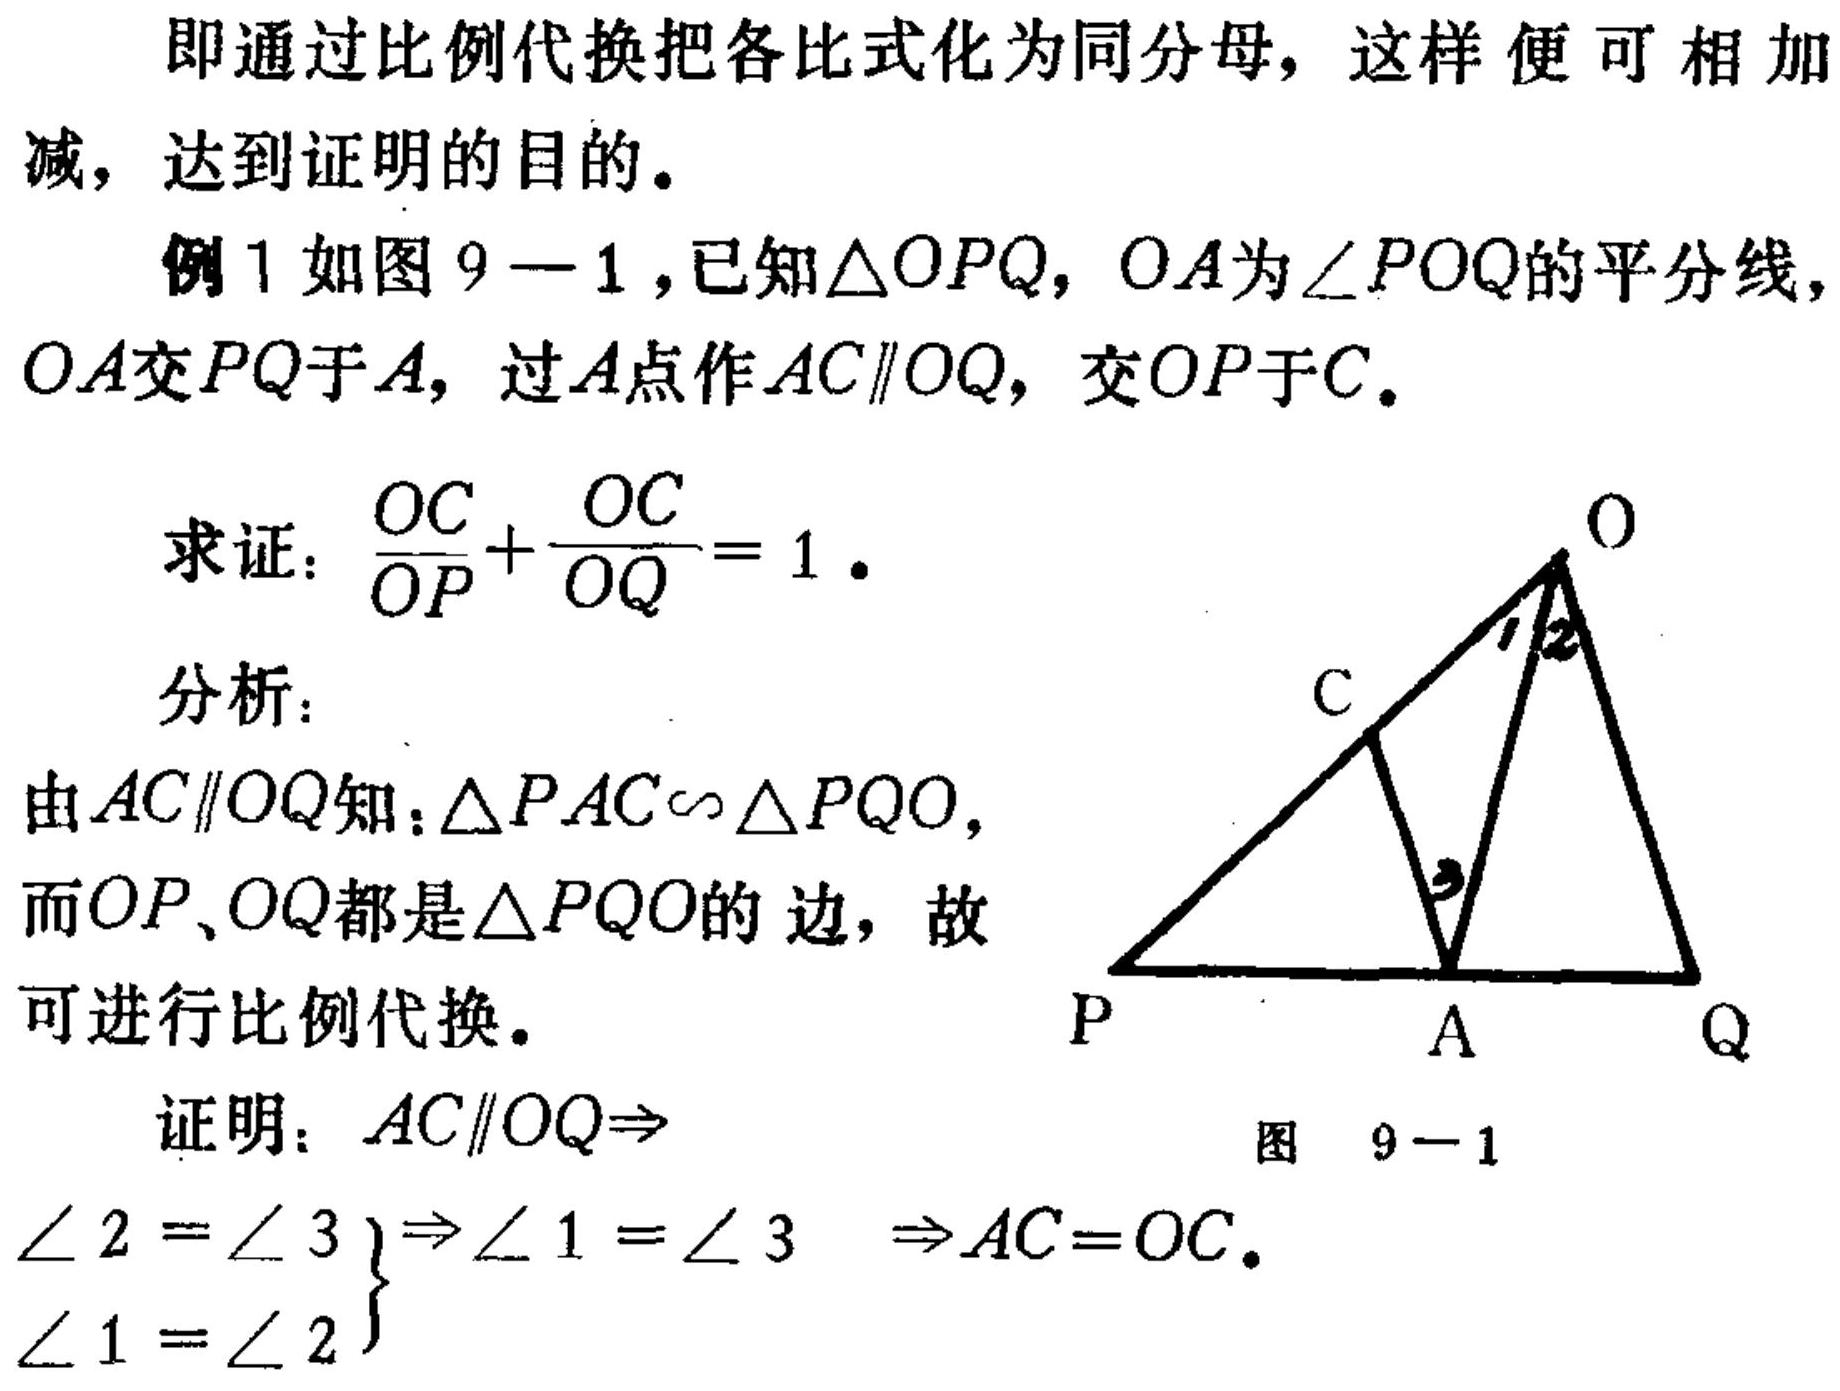
即通过比例代换把各比式化为同分母，这样便可相加减，达到证明的目的。
例1 如图9 - 1，已知\(\triangle OPQ\)，\(OA\)为\(\angle POQ\)的平分线，\(OA\)交\(PQ\)于\(A\)，过\(A\)点作\(AC\parallel OQ\)，交\(OP\)于\(C\)。
求证：\(\frac{OC}{OP}+\frac{OC}{OQ}=1\)。
分析：
由\(AC\parallel OQ\)知：\(\triangle PAC\sim\triangle PQO\)，而\(OP\)、\(OQ\)都是\(\triangle PQO\)的边，故可进行比例代换。
证明：\(AC\parallel OQ\Rightarrow\)
\(\left.\begin{array}{l}\angle 2=\angle 3\\\angle 1=\angle 2\end{array}\right\}\Rightarrow\angle 1=\angle 3\Rightarrow AC = OC\)。
图 9 - 1